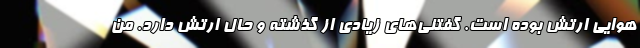
هوایی ارتش بوده است. گفتنی‌های زیادی از گذشته و حال ارتش دارد. من